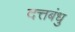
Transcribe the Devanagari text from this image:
दत्तबंधु